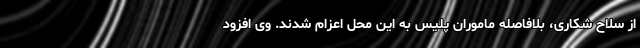
از سلاح شکاری، بلافاصله ماموران پلیس به این محل اعزام شدند. وی افزود